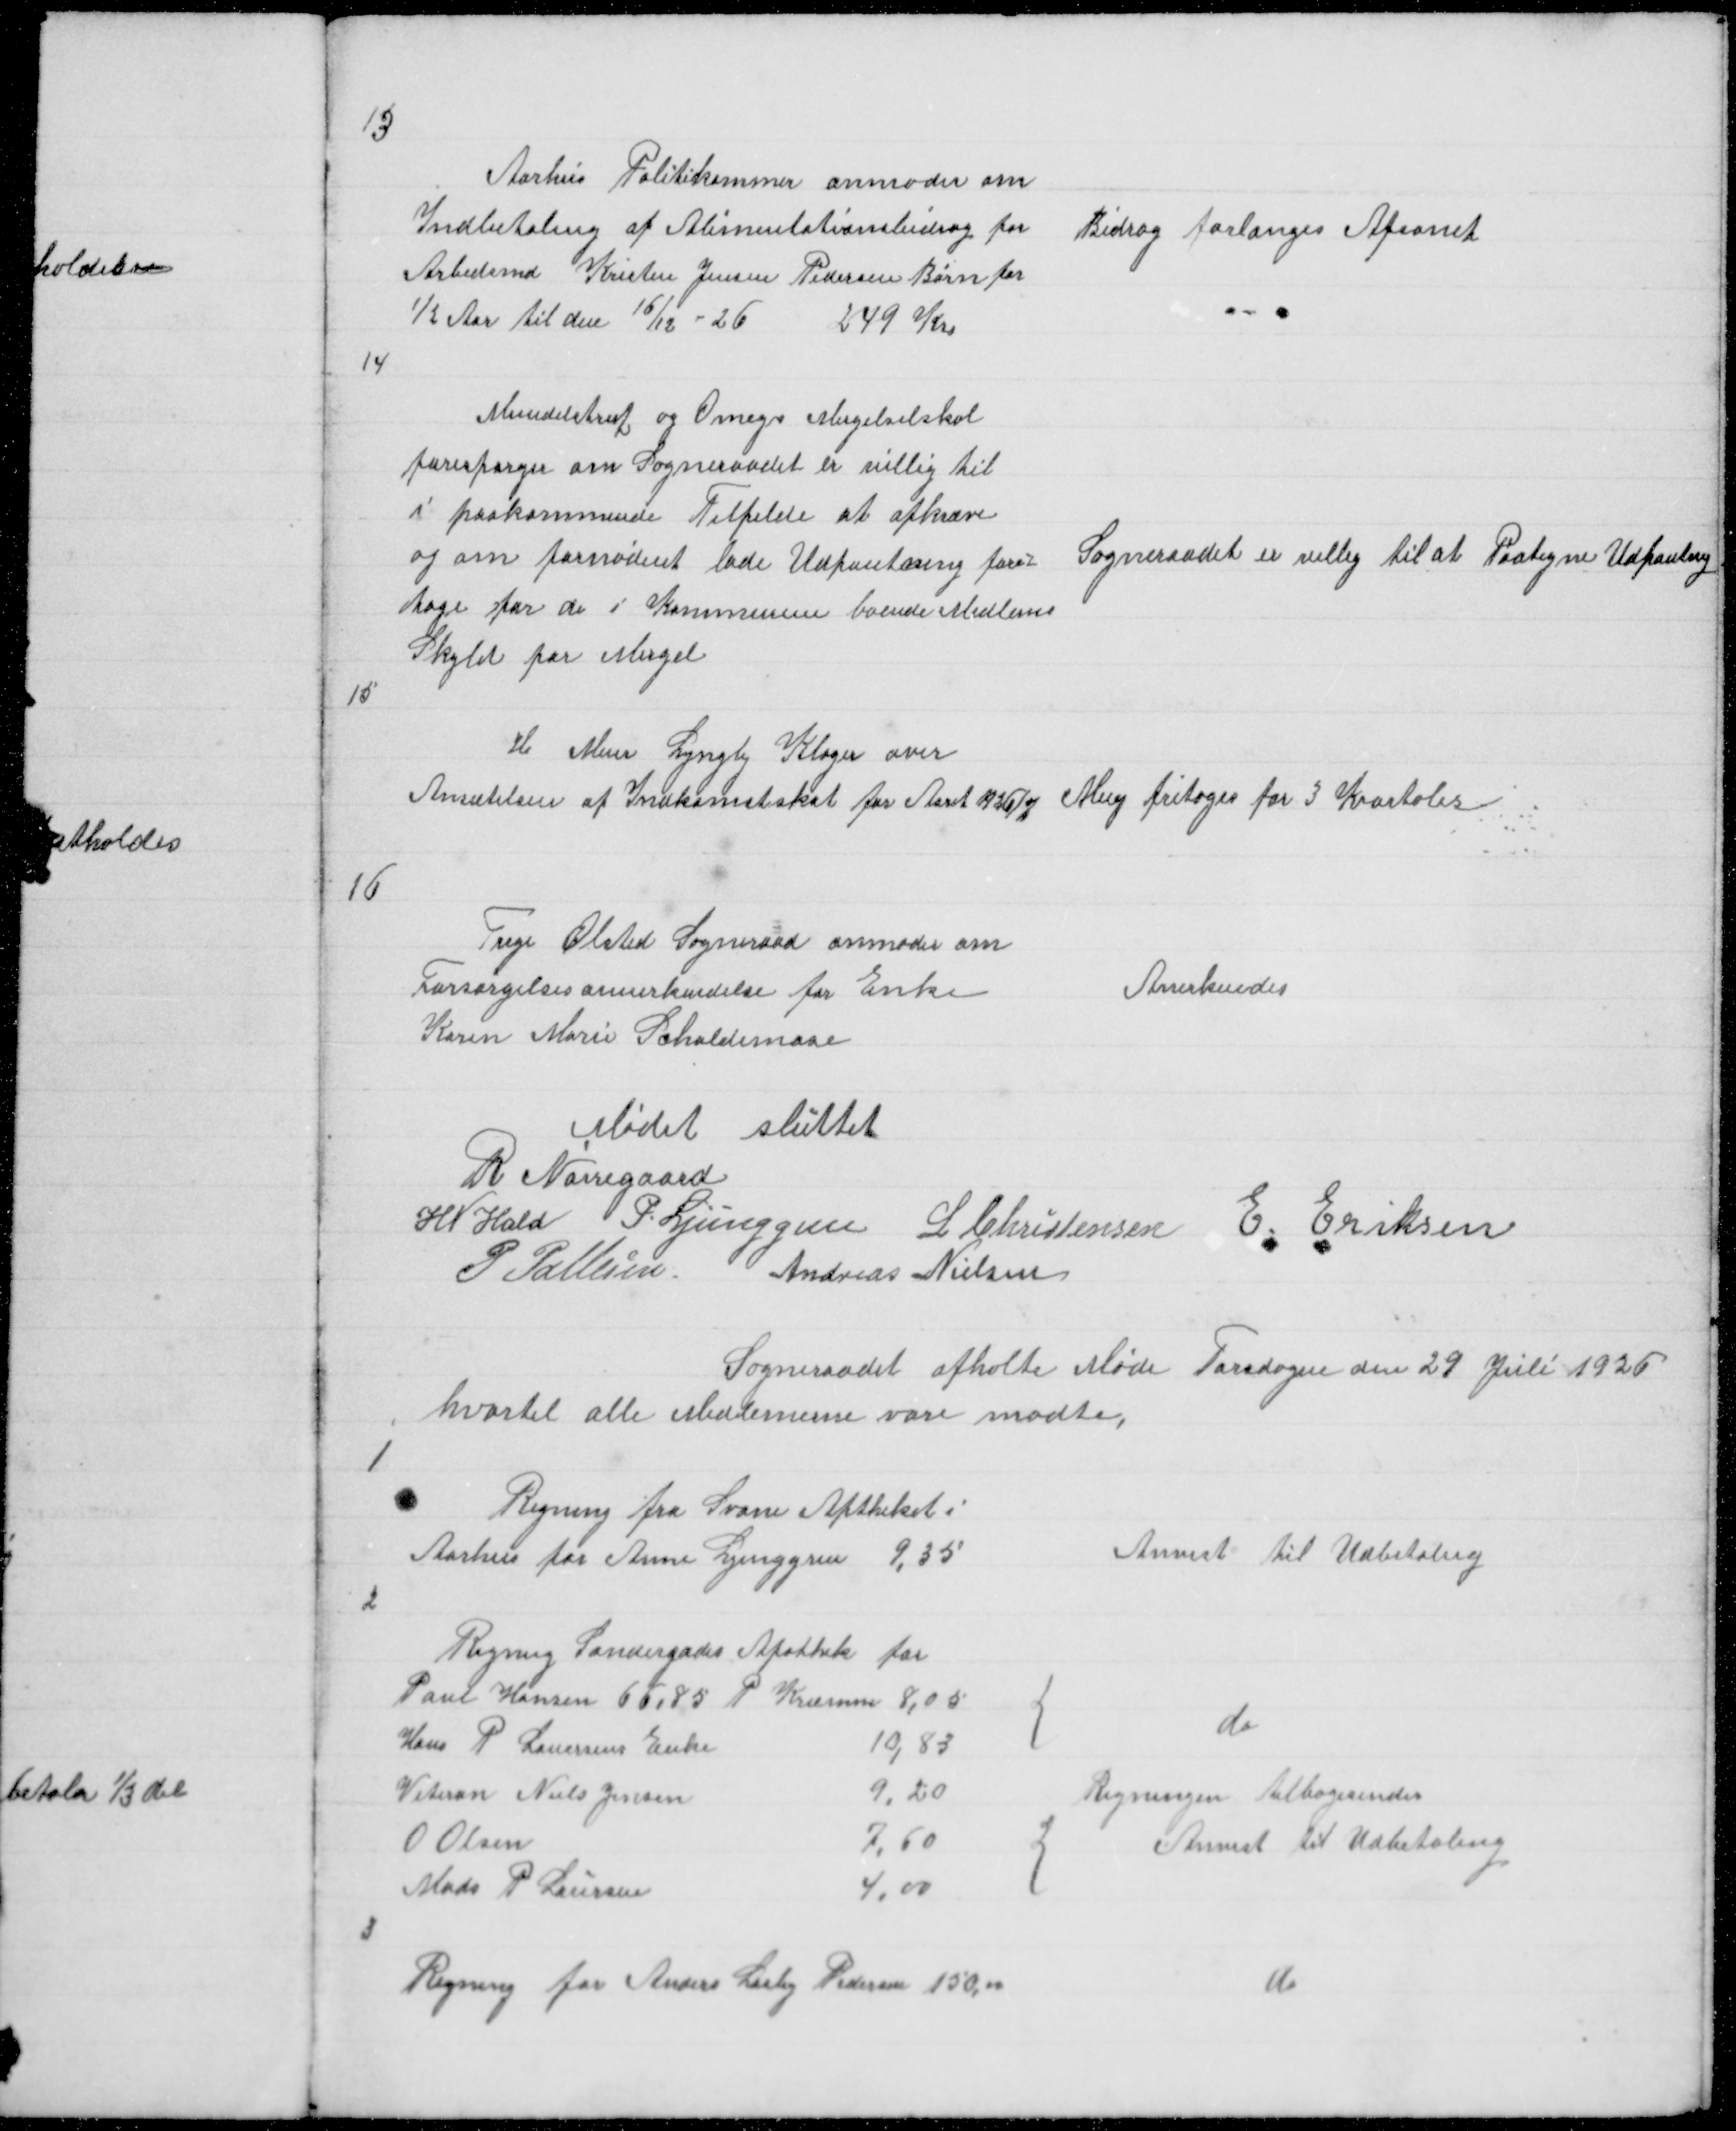
Transskription:
13

Aarhus Politikammer anmoder om
Indbetaling af Alimentationsbidrag for
Arbedsmd Kristen Jensen Pedersen Børn for
½ Aar til den 16/12 - 26
249 Kr

Bidrag forlanges Afsonet

14

Mundelstrup og Omegn Mergelselskal
forespørger om Sogneraadet er villig til
i paakommende Tilfelde at afkræve
og om fornødent lade Udpantning fore =
tage for de i Kommunen boende Medlems
Skyld for Mergel

Sogneraadet er villig til at Paategne Udpantnig

15

H Meier Lyngby Klager over
Ansætelsen af Indkomstskat for Aaret 1926/7

Meey fritages for 3 Kvartaler

16

Trige Ølsted Sogneraad anmoder om
Forsørgelsesannerkendelse for Enke
Karen Marie Schaldemose

Anerkendes

Mødet sluttet
R Nørregaard
H N Hald P. Ljunggren L Christensen E Eriksen
P Pallesen
Andreas Nielsen

Sogneraadet afholte Møde Torsdagen den 29 Juli 1926
hvortil alle Medlemerne vare mødte,

1

Regning fra Svane Aptheket i
Aaarhus for Anne Ljunggren 9,35

Anvist til Udbetaling

2

{

do

Regningen tilbagesendes
{
Anvist til Udbetaling

8

Regning for Anders Laasby Pedersen 150,00

do